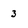
Character: 3